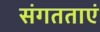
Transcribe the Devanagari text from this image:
संगतताएं